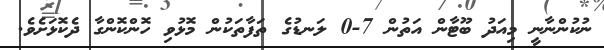
ނުކުންނާނީ މިއަދު ބޫޓާން އަތުން 7-0 ލަނޑުގެ ތަފާތަކުން މޮޅުވި ހޮންކޮންގާ ދެކޮޅަށެވެ.